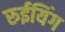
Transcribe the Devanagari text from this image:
रुईयिंग